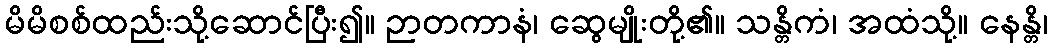
မိမိစစ်ထည်းသို့ဆောင်ပြီး၍။ ဉာတကာနံ၊ ဆွေမျိုးတို့၏။ သန္တိကံ၊ အထံသို့။ နေန္တိ၊